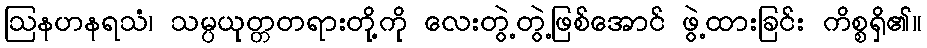
ဩနဟနရသံ၊ သမ္ပယုတ္တတရားတို့ကို လေးတွဲ့တွဲ့ဖြစ်အောင် ဖွဲ့ထားခြင်း ကိစ္စရှိ၏။